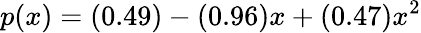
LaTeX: p(x)=(0.49)-(0.96)x+(0.47)x^{2}